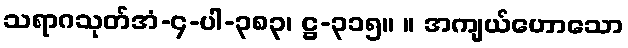
သရာဂသုတ်အံ-၄-ပါ-၃၈၃၊ ဋ္ဌ-၃၁၅။ ။ အကျယ်ဟောသော